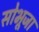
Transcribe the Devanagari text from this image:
सोभूजा